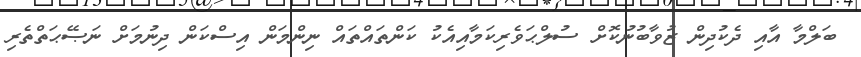
ބަލްމާ އާއި ދެކުދިން ޒުވާބުނުކޮށް ސުލްޙަވެރިކަމާއިއެކު ކަންތައްތައް ނިންމަން އިސްކަން ދިނުމަށް ނަޞޭޙަތްތެރި